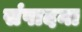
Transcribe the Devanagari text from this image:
संपादना